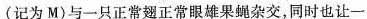
(记为M)与一只正常翅正常眼雄果蝇杂交，同时也让一